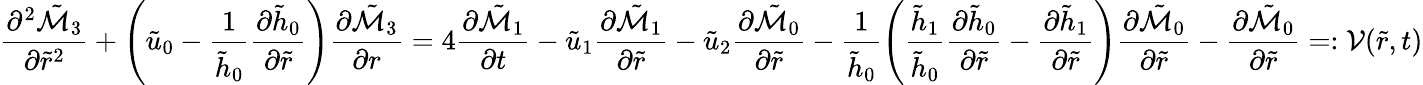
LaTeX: \frac{\partial^{2}\tilde{\mathcal{M}}_{3}}{\partial\tilde{r}^{2}}+\left(\tilde{u}_{0}-\frac{1}{\tilde{h}_{0}}\frac{\partial\tilde{h}_{0}}{\partial\tilde{r}}\right)\frac{\partial\tilde{\mathcal{M}}_{3}}{\partial r}=4\frac{\partial\tilde{\mathcal{M}}_{1}}{\partial t}-\tilde{u}_{1}\frac{\partial\tilde{\mathcal{M}}_{1}}{\partial\tilde{r}}-\tilde{u}_{2}\frac{\partial\tilde{\mathcal{M}}_{0}}{\partial\tilde{r}}-\frac{1}{\tilde{h}_{0}}\left(\frac{\tilde{h}_{1}}{\tilde{h}_{0}}\frac{\partial\tilde{h}_{0}}{\partial\tilde{r}}-\frac{\partial\tilde{h}_{1}}{\partial\tilde{r}}\right)\frac{\partial\tilde{\mathcal{M}}_{0}}{\partial\tilde{r}}-\frac{\partial\tilde{\mathcal{M}}_{0}}{\partial\tilde{r}}=:\mathcal{V}(\tilde{r},t)